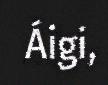
Áigi,